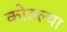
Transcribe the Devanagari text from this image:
कोठल्या